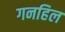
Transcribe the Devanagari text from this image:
गनहिल